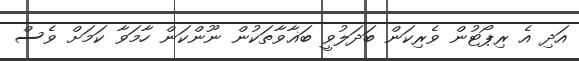
އަދި އެ ރިޕޯޓުން ވެރިކަން ބަދަލުވީ ބަޣާވާތަކުން ނޫންކަން ހާމަވާ ކަމަށް ވެސް